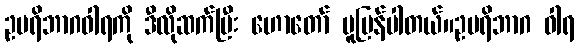
ဥပရိဘာဂဝါရကို ဒီလိုဆက်ပြီး ဟောတော် မူပြန်ပါတယ်။ဥပရိဘာဂ ဝါရ